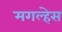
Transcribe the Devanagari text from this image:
मगल्हेस